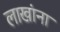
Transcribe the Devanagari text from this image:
लाखांना